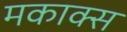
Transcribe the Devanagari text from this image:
मकाक्स